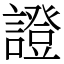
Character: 證